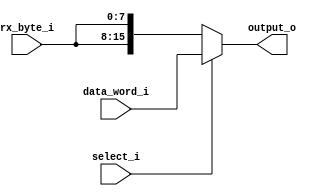
module data_register_demux (
  input [15:0] data_word_i,
  input [7:0] rx_byte_i,

  input select_i,

  output reg [15:0] output_o
);

always @(*) begin
  if (select_i)
    output_o = data_word_i;
  else begin
    output_o = {rx_byte_i[7:0], rx_byte_i[7:0]};
  end
end

endmodule